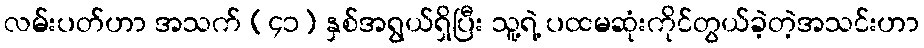
လမ်းပတ်ဟာ အသက် (၄၁) နှစ်အရွယ်ရှိပြီး သူ့ရဲ့ ပထမဆုံးကိုင်တွယ်ခဲ့တဲ့အသင်းဟာ